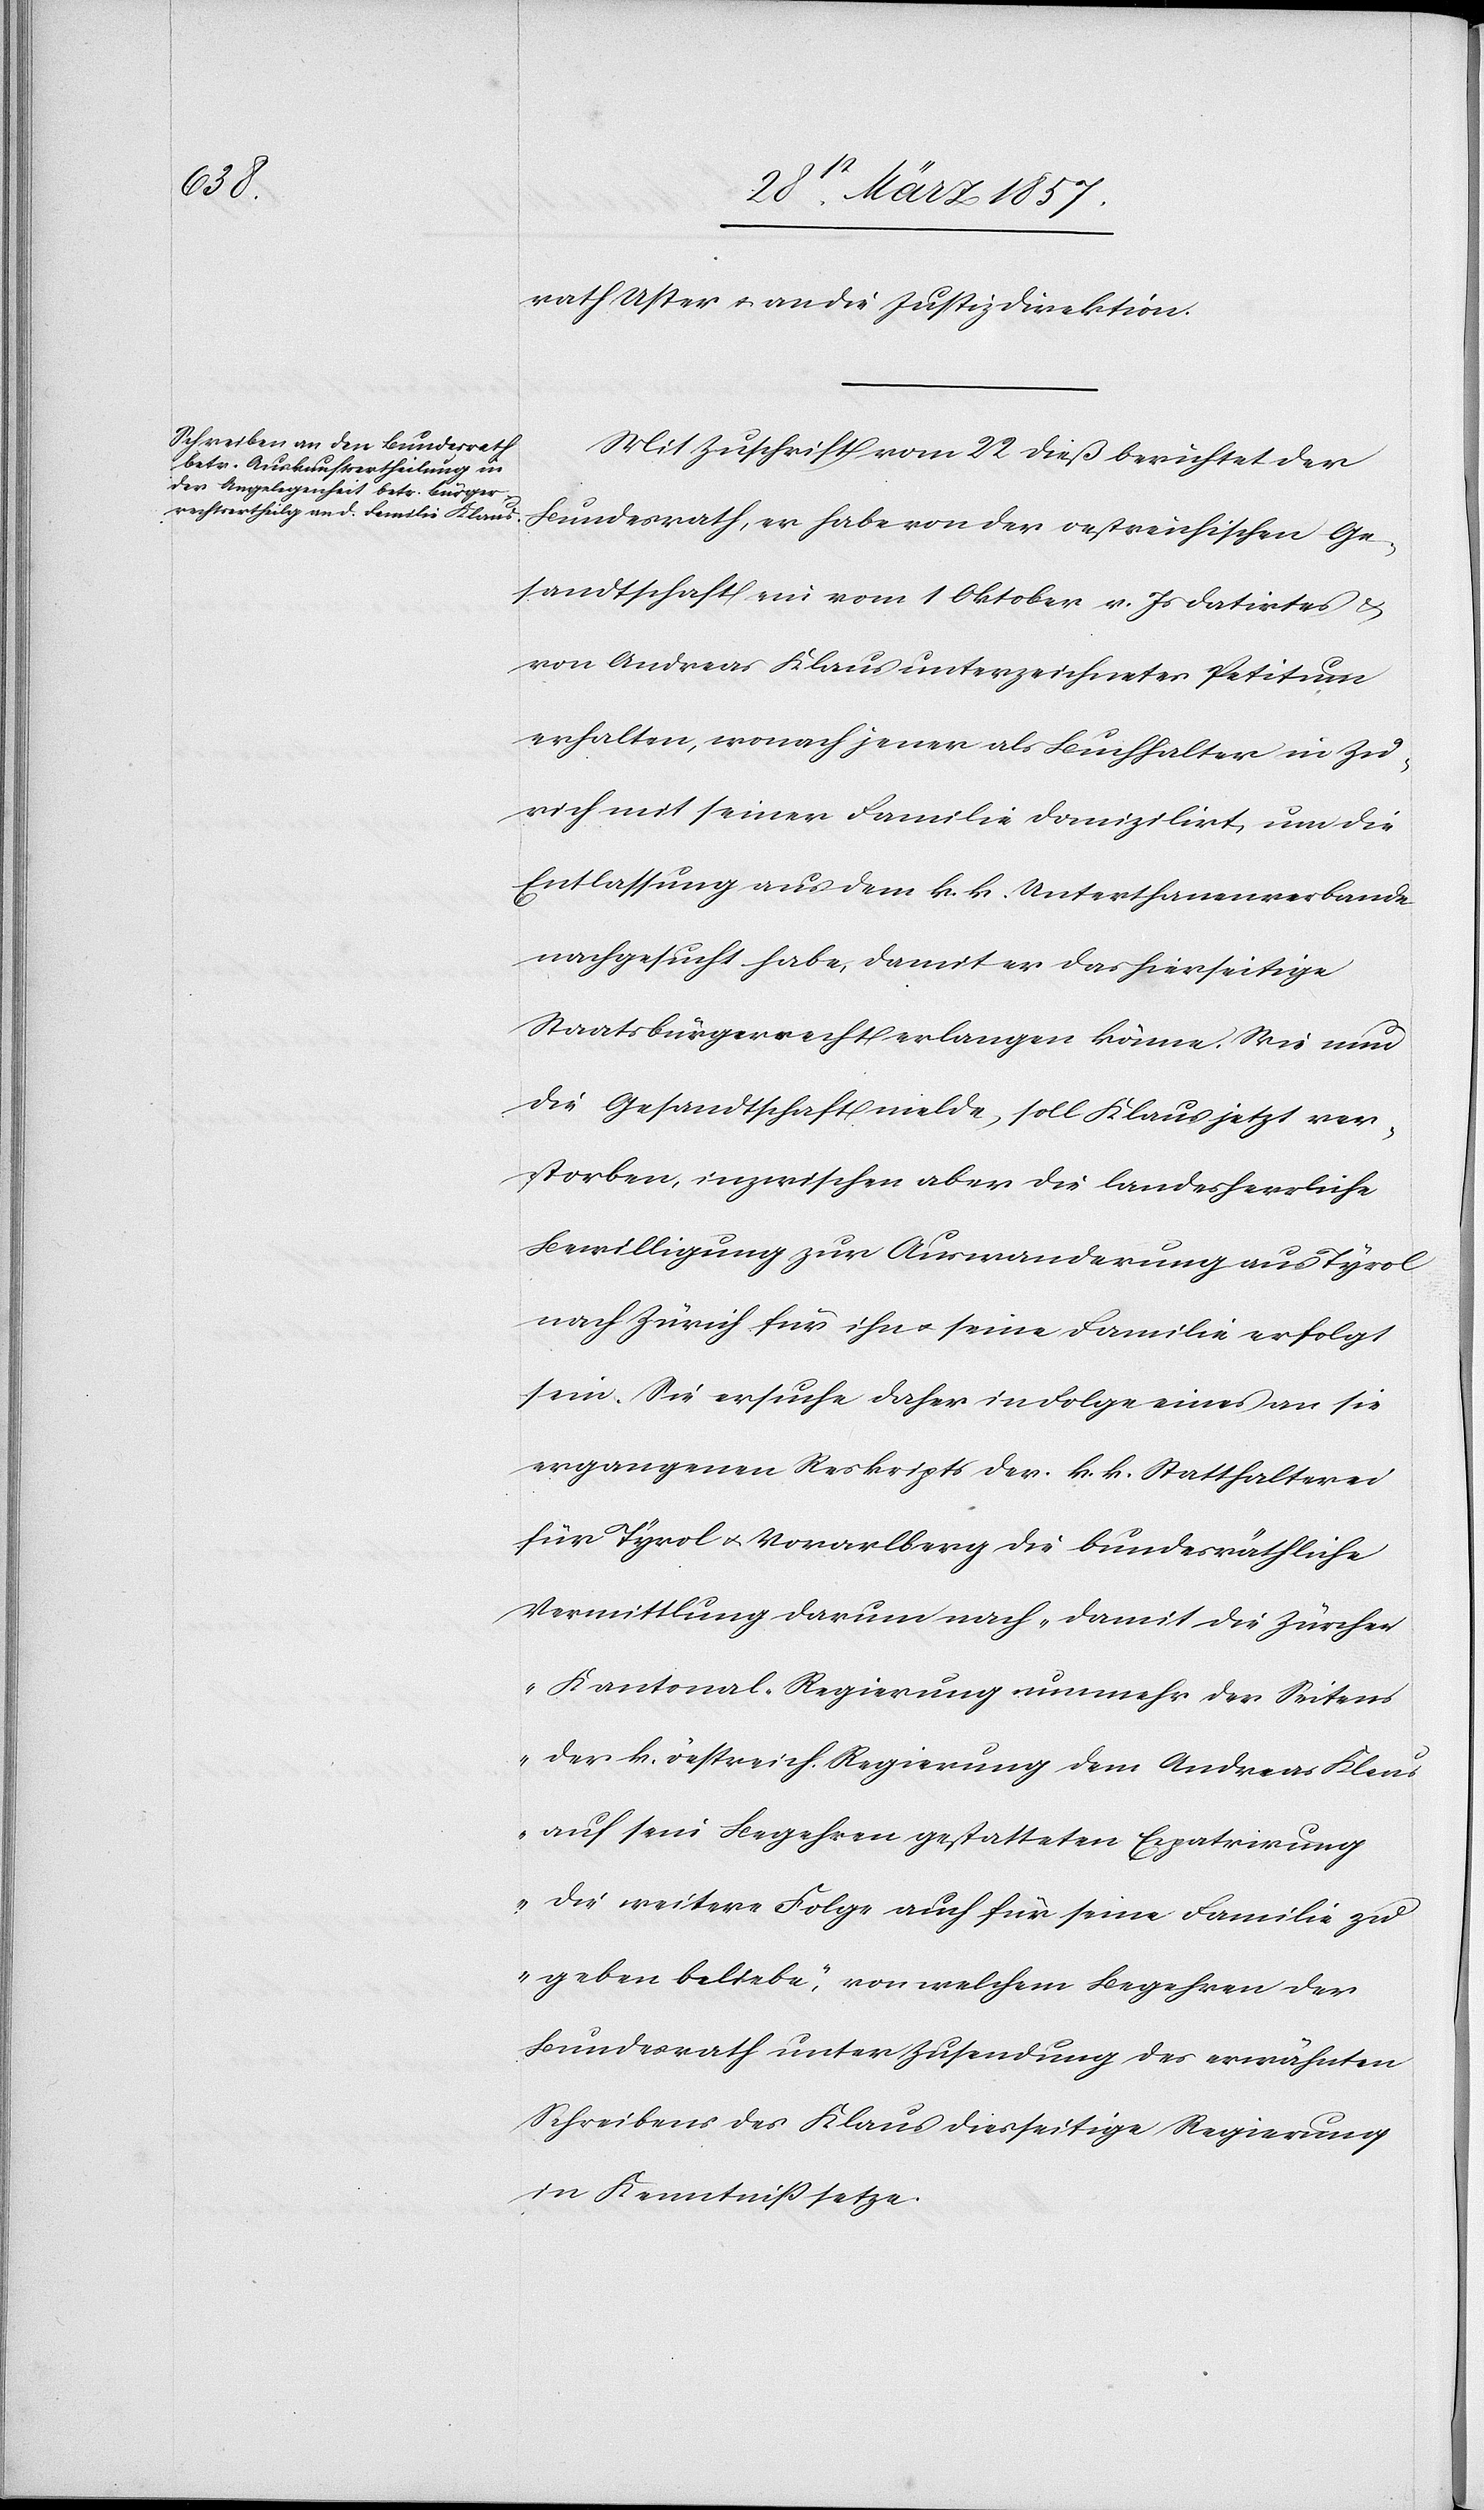
rath Uster u. an die Justizdirektion.
Mit Zuschrift vom 22 dieß berichtet der
Bundesrath, er habe von der oestreichischen Ge¬
sandtschaft ein vom 1 Oktober v. Js datirtes u.
von Andreas Klaus unterzeichnetes Petitum
erhalten, wonach jener als Buchhalter in Zü¬
rich mit seiner Familie domizilirt, um die
Entlassung aus dem k. k. Unterthanenverbande
nachgesucht habe, damit er das hierseitige
Staatsbürgerrecht erlangen könne. Wie nun
die Gesandtschaft melde, soll Klaus jetzt ver¬
storben, inzwischen aber die landesherrliche
Bewilligung zur Auswanderung aus Tyrol
nach Zürich für ihn u. seine Familie erfolgt
sein. Sie ersuche daher in Folge eines an sie
ergangenen Reskripts der k. k. Statthalterei
für Tyrol u. Vorarlberg die bundesräthliche
Vermittlung darum nach „damit die Zürcher
Kantonal-Regierung nunmehr der Seitens
der k. öestreich. [sic!] Regierung dem Andreas Klaus
auf sein Begehren gestatteten Expatrirung
die weitere Folge auch für seine Familie zu
geben beliebe“, von welchem Begehren der
Bundesrath unter Zusendung des erwähnten
Schreibens des Klaus diesseitige Regierung
in Kenntniß setze.